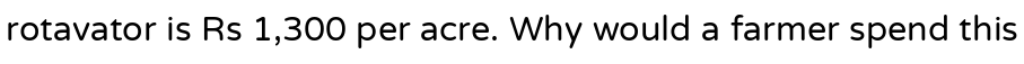
rotavator is Rs 1,300 per acre. Why would a farmer spend this